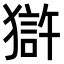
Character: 𤡈